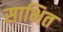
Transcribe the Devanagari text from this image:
साभित